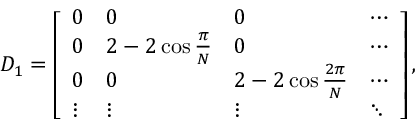
D _ { 1 } = \left[ \begin{array} { l l l l } { 0 } & { 0 } & { 0 } & { \cdots } \\ { 0 } & { 2 - 2 \cos \frac { \pi } { N } } & { 0 } & { \cdots } \\ { 0 } & { 0 } & { 2 - 2 \cos \frac { 2 \pi } { N } } & { \cdots } \\ { \vdots } & { \vdots } & { \vdots } & { \ddots } \end{array} \right] ,